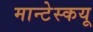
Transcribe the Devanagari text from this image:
मान्टेस्कयू